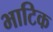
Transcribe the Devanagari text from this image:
भाटिक